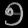
Digit: ၅